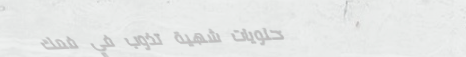
حلويات شهية تذوب في فمك